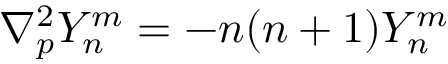
\nabla _ { p } ^ { 2 } Y _ { n } ^ { m } = - n ( n + 1 ) Y _ { n } ^ { m }